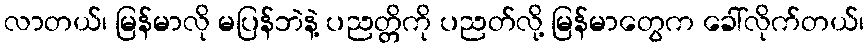
လာတယ်၊ မြန်မာလို မပြန်ဘဲနဲ့ ပညတ္တိကို ပညတ်လို့ မြန်မာတွေက ခေါ်လိုက်တယ်၊